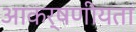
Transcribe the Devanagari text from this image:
आकर्षणीयता